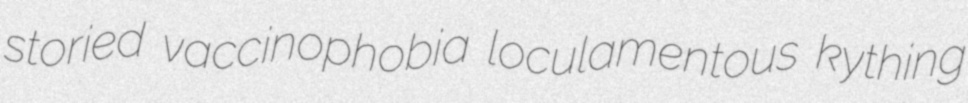
storied vaccinophobia loculamentous kything